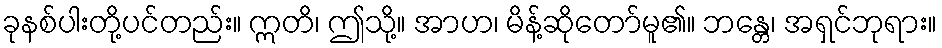
ခုနစ်ပါးတို့ပင်တည်း။ ဣတိ၊ ဤသို့။ အာဟ၊ မိန့်ဆိုတော်မူ၏။ ဘန္တေ၊ အရှင်ဘုရား။